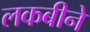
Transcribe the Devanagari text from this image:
लकबीने